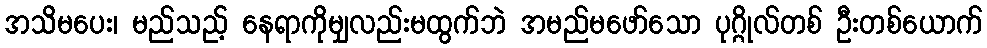
အသိမပေး၊ မည်သည့် နေရာကိုမျှလည်းမထွက်ဘဲ အမည်မဖော်သော ပုဂ္ဂိုလ်တစ် ဦးတစ်ယောက်